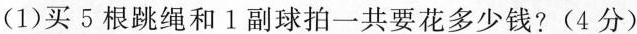
(1)买5根跳绳和1副球拍一共要花多少钱?(4分)